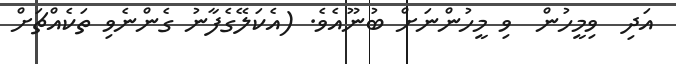
އަދި  ވިމީހުން  ވި މީހުންނަށް ބުނޫއެވެ. (އެކަލޭގެފާނު ގެންނެވި ތަކެއްޗަށް